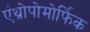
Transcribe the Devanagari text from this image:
एंथ्रोपोमोर्फिक